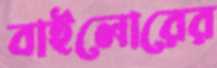
বাইলোরের